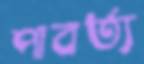
পাবর্ত্য